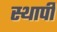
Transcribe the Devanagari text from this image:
स्थापी